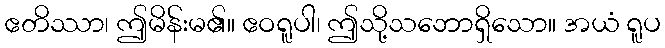
ဧတိဿာ၊ ဤမိန်းမ၏။ ဧဝရူပါ၊ ဤသို့သဘောရှိသော။ အယံ ရူပ